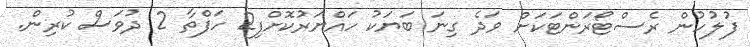
ފުލުހުން ރެސްޓޯރަންޓަކަށް ވަދެ ގިނަ ބަޔަކު ހައްޔަރުކޮށްފި2 ހަފްތާ 2 ދުވަސް ކުރިން.